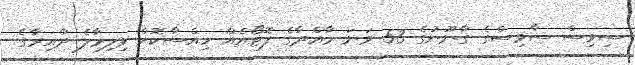
ސިވިސް ސާވިސްގެ ގާނޫނުގެ 53 ވަނަ މާއްދާގެ ފޮޓޯއެއް ހިއްސާކޮށް ވިލިމާލެ ދާއިރާގެ